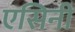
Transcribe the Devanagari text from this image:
एसिनी